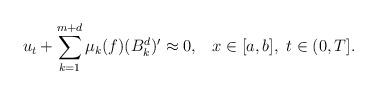
LaTeX: \begin{align*} u_t+\displaystyle{\sum_{k=1}^{m+d}\mu_k(f)(B^d_k)'}\approx 0,\;\;\;x\in [a,b],~t\in (0,T].\end{align*}